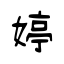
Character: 婷